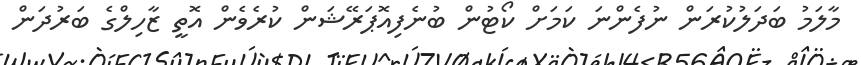
މާލަމު ބަދަލުކުރަން ނުފެންނަ ކަމަށް ކޯޓުން ބުނެފިއޮޕަރޭޝަން ކުރެވެން އޮތީ ޒާހިލްގެ ބަރުދަން